Annual report of the Imperial Bacteriological Laboratory, Muktesar
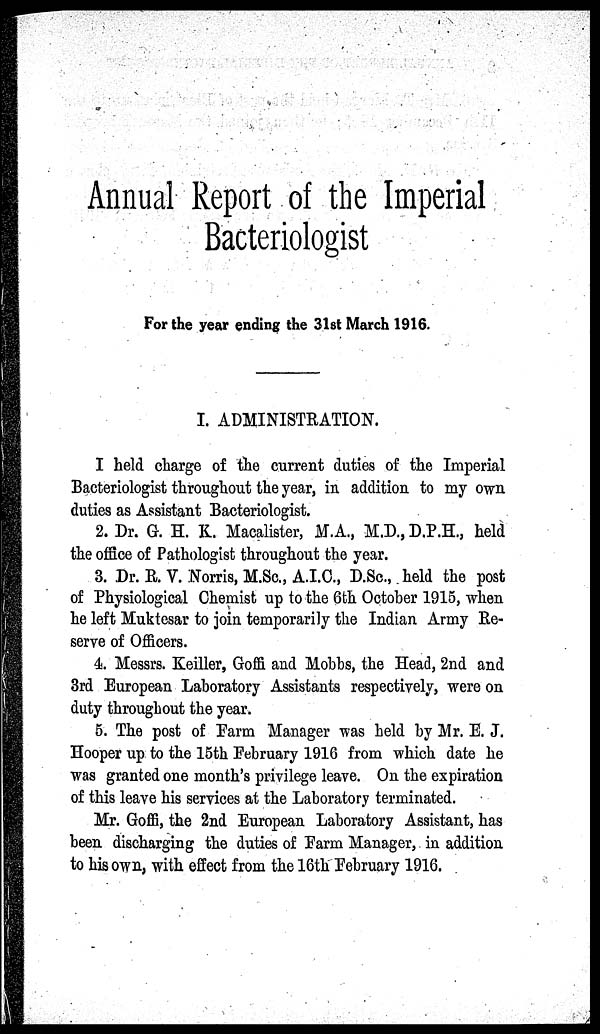
Annual Report of the Imperial
Bacteriologist
For the year ending the 31st March 1916.
I. ADMINISTRATION.
I held charge of the current duties of the Imperial
Bacteriologist throughout the year, in addition to my own
duties as Assistant Bacteriologist.
2. Dr. G. H. K. Macalister, M.A., M.D., D.P.H., held
the office of Pathologist throughout the year.
3. Dr. R. V. Norris, M.Sc., A.I.C., D.Sc., held the post
of Physiological Chemist up to the 6th October 1915, when
he left Muktesar to join temporarily the Indian Army Re-
serve of Officers.
4. Messrs. Keiller, Goffi and Mobbs, the Head, 2nd and
3rd European Laboratory Assistants respectively, were on
duty throughout the year.
5. The post of Farm Manager was held by Mr. E. J.
Hooper up to the 15th February 1916 from which date he
was granted one month's privilege leave. On the expiration
of this leave his services at the Laboratory terminated.
Mr. Goffi, the 2nd European Laboratory Assistant, has
been discharging the duties of Farm Manager, in addition
to his own, with effect from the 16th February 1916.